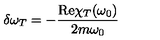
\delta \omega _ { T } = - \frac { \mathrm { R e } \chi _ { T } ( \omega _ { 0 } ) } { 2 m \omega _ { 0 } }